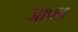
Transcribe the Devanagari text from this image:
जापन